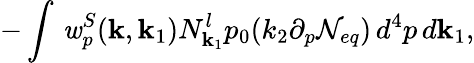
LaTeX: -\int\, {\mathit w}_{p}^{S}({\mathbf k},{\mathbf k}_{1})N_{{\mathbf k}_{1}}^{l}p_{0}(k_{2}\partial_{p}{\cal N}_{eq})\, d^{4}p\, d{\mathbf k}_{1},